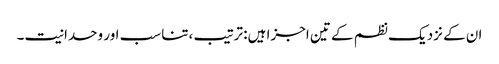
ان کے نزدیک نظم کے تین اجزا ہیں: ترتیب ،تناسب اور وحدانیت۔